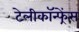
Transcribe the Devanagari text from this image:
टेलीकॉन्फ्रेंस